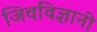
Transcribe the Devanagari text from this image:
जिवविज्ञानी